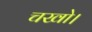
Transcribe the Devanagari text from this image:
चखो।